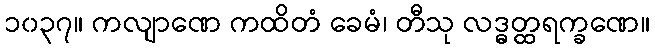
၁၀၃၇။ ကလျာဏေ ကထိတံ ခေမံ၊ တီသု လဒ္ဓတ္ထရက္ခဏေ။